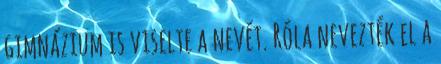
gimnázium is viselte a nevét. Róla nevezték el a